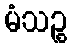
မံသဉ္စ